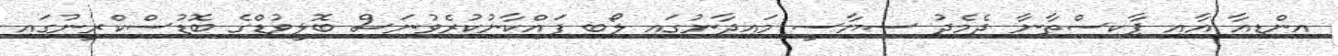
އިންޑިއާ އާއި ޕާކިސްތާނާ ދެމެދު ސިޔާސީ މައިދާނުގައި ލޯބި ފައްކާނުކުރެވުނަސް ބޮލީވުޑްގެ ބޮޑުސްކްރީނުގައި